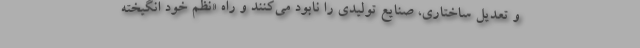
و تعدیل ساختاری، صنایع تولیدی را نابود می‌کنند و راه «نظم خود انگیخته